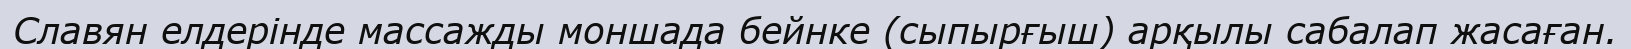
Славян елдерінде массажды моншада бейнке (сыпырғыш) арқылы сабалап жасаған.